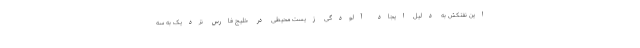
این نفتکش به دلیل ایجاد آلودگی زیست محیطی در خلیج فارس نزدیک به سه